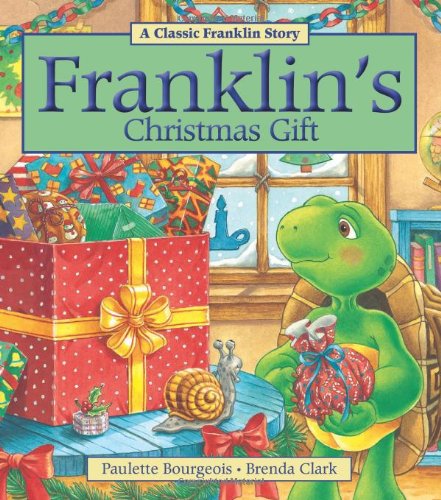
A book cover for Franklin's Christmas Gift; Paulette Bourgeois; Children's Books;